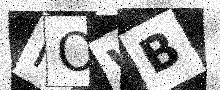
Text: IOWB